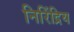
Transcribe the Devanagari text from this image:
निरिंद्रिय